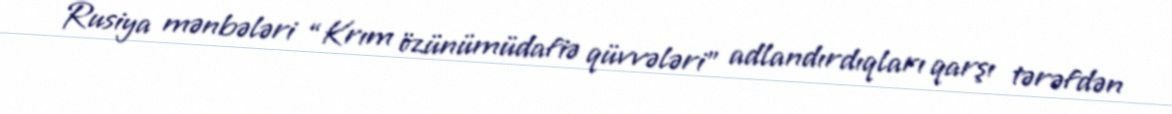
Rusiya mənbələri “Krım özünümüdafiə qüvvələri” adlandırdıqları qarşı tərəfdən